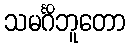
သမင်္ဂိဘူတော